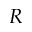
R